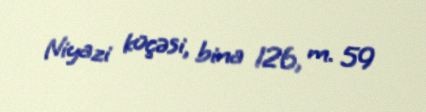
Niyazi küçəsi, bina 126, m. 59